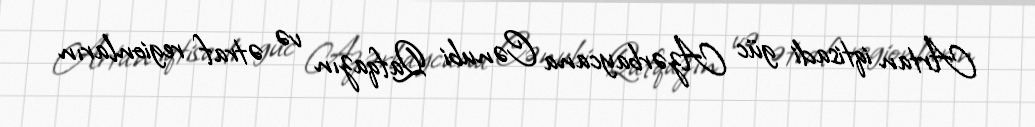
Artan iqtisadi güc Azərbaycana Cənubi Qafqazın və ətraf regionların